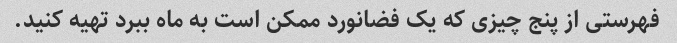
فهرستی از پنج چیزی که یک فضانورد ممکن است به ماه ببرد تهیه کنید.